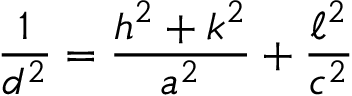
{ \frac { 1 } { d ^ { 2 } } } = { \frac { h ^ { 2 } + k ^ { 2 } } { a ^ { 2 } } } + { \frac { \ell ^ { 2 } } { c ^ { 2 } } }